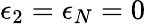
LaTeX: \epsilon_{2}=\epsilon_{N}=0